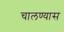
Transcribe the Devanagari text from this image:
चालण्यास